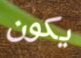
يكون